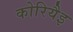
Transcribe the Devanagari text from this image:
कोरियैइ